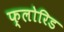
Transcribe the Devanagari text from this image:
फ्लोरिड